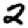
Digit: 2